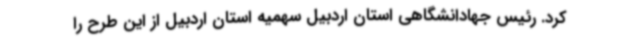
کرد. رئیس جهادانشگاهی استان اردبیل سهمیه استان اردبیل از این طرح را